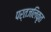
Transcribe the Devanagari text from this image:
पर्तजलिकृत